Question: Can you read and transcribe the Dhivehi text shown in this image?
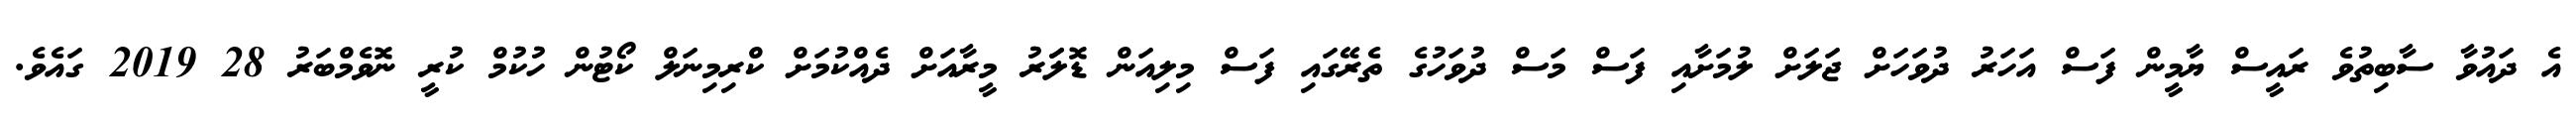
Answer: އެ ދައުވާ ސާބިތުވެ ރައީސް ޔާމީން ފަސް އަހަރު ދުވަހަށް ޖަލަށް ލުމަށާއި ފަސް މަސް ދުވަހުގެ ތެރޭގައި ފަސް މިލިއަން ޑޮލަަރު މީރާއަށް ދެއްކުމަށް ކްރިމިނަލް ކޯޓުން ހުކުމް ކުރީ ނޮވެމްބަރު 28 2019 ގައެވެ.